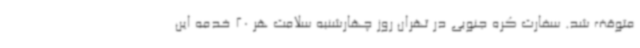
متوقف شد. سفارت کره جنوبی در تهران روز چهارشنبه سلامت هر 20 خدمه این